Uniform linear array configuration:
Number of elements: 48
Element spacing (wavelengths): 0.5
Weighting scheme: blackman
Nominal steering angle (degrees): -45
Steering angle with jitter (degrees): -43.205
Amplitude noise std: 0.05
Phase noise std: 0.05

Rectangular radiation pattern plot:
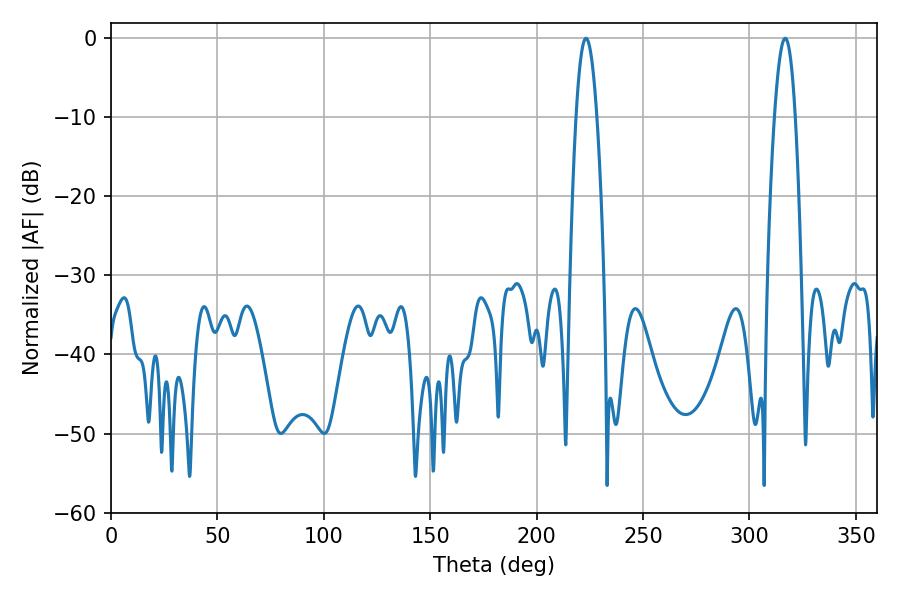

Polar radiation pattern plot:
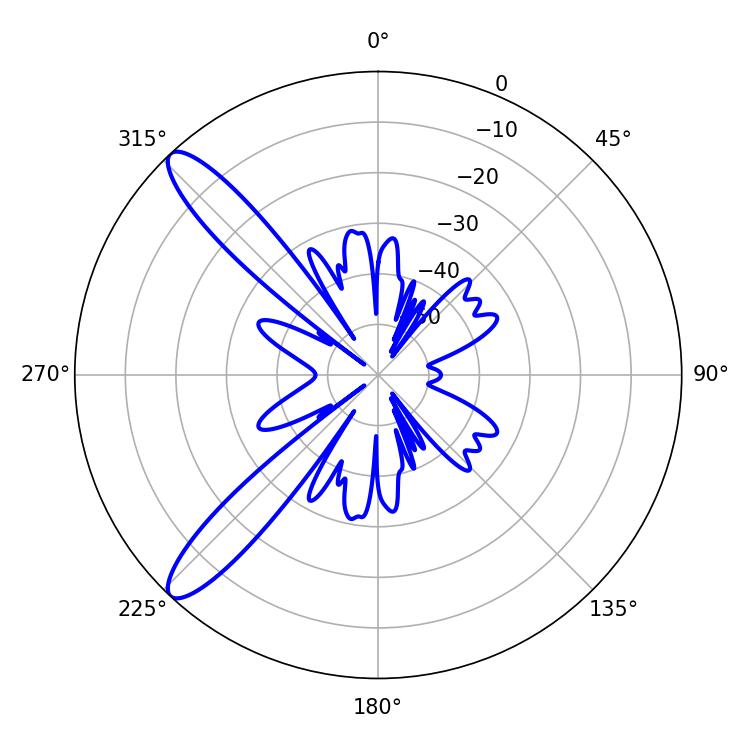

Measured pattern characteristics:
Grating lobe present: FALSE
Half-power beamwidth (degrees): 5.22
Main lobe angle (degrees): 223.2